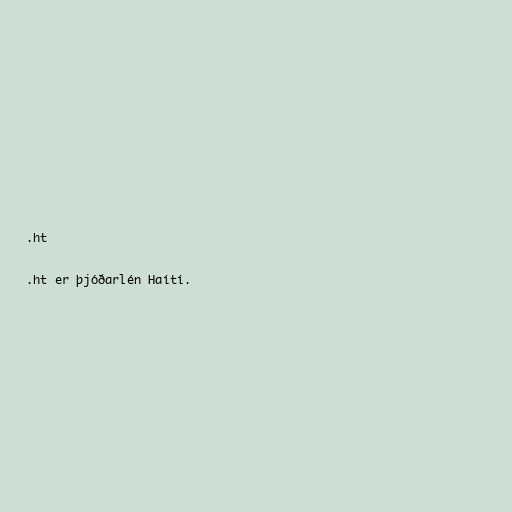
.ht

.ht er þjóðarlén Haítí.